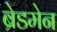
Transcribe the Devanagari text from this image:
ब्रेडमेन